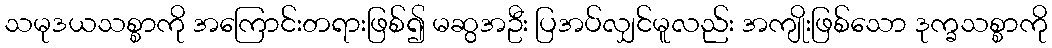
သမုဒယသစ္စာကို အကြောင်းတရားဖြစ်၍ မဆွအဦး ပြအပ်လျှင်မူလည်း အကျိုးဖြစ်သော ဒုက္ခသစ္စာကို